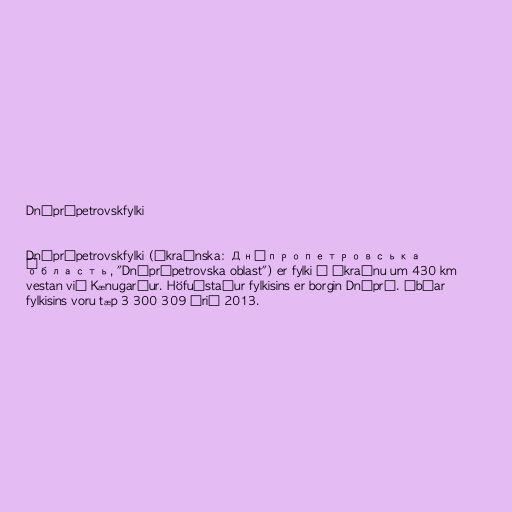
Dníprópetrovskfylki

Dníprópetrovskfylki (úkraínska: Дніпропетровська
о́бласть, "Dníprópetrovska oblast") er fylki í Úkraínu um 430 km
vestan við Kænugarður. Höfuðstaður fylkisins er borgin Dnípró. Íbúar
fylkisins voru tæp 3 300 309 árið 2013.